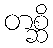
တစ္ဆိ